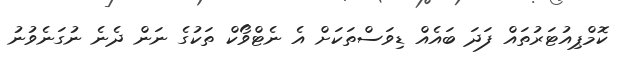
ކޮމްޕިއުޓަރުތައް ފަދަ ބައެއް ޑިވަސްތަކަށް އެ ނެޓްވޯކް ތަކުގެ ނަން ދެނެ ނުގަނެވުނު